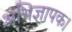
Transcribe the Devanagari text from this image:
अभिज्ञापक।